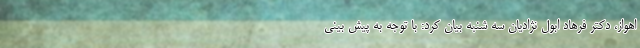
اهواز، دکتر فرهاد ابول نژادیان سه شنبه بیان کرد: با توجه به پیش بینی